system: You are a helpful assistant.
user:
Analyze the provided spectrum to determine if it is a **White Dwarf (WD)**.

A White Dwarf spectrum is defined by its **extreme purity** (due to gravitational settling) and/or **extreme pressure broadening** (due to high surface gravity). You must check for one of the following mutually exclusive signatures:

- **Key Visual Indicators (Check for ONE of these types):**

    - **1. DA-Type Signature (Most Common):**
        - **(Primary Feature):** Extreme pressure broadening (Stark broadening) of the **Hydrogen (H) Balmer lines**.
        - **(Key Lines):** $H\beta$ (approx. $4861$ Å) and $H\gamma$ (approx. $4340$ Å). $H\alpha$ (approx. $6563$ Å) will also be present if the wavelength range covers it.
        - **(Line Profile):** This is the **defining feature**. The lines are **NOT** sharp. They appear as massive, **extremely broad and deep "troughs" or "dips"** in the spectrum, often hundreds of Ångströms wide. The continuum will appear to "scoop" down at these wavelengths.
        - **(Distinction):** Normal A-type or B-type stars have *narrow* and *sharp* Hydrogen lines. A DA White Dwarf's lines are unmistakably "smeared" or "blurry" from pressure.

    - **2. DB-Type Signature:**
        - **(Primary Feature):** Broad absorption lines from **Neutral Helium (He I)**. The spectrum must lack any visible Hydrogen lines.
        - **(Key Lines):** Look for broad absorption near $4471$ Å, $4921$ Å, and $5876$ Å.
        - **(Line Profile):** These lines are also significantly pressure-broadened, appearing much wider than they would in a normal B-type main-sequence star.

    - **3. DC-Type Signature:**
        - **(Primary Feature):** A **featureless continuous spectrum**.
        - **(Line Profile):** The spectrum is a smooth curve with **no significant absorption or emission lines**.
        - **(Key Confirmation):** The continuum is almost always **blue or white**, indicating a hot object. This signature implies the atmosphere is so pure (or so cool) that no spectral lines are visible in the optical range. Its WD identity is confirmed by its extremely low intrinsic brightness (high absolute magnitude).

    - **4. DZ-Type Signature (Metal-Polluted):**
        - **(Primary Feature):** **Isolated, narrow metal absorption lines** on an otherwise featureless (DC-like) continuum.
        - **(Key Lines):** The **Calcium (Ca II) H & K doublet** (approx. **$3934$ Å** and **$3968$ Å**) is the most common and defining feature.
        - **(Line Profile):** These lines are "out of place." They are *not* part of a "forest" of thousands of lines. This signature is evidence of recent *accretion* (pollution) from rocky debris.
        - **(Distinction):** Normal G/K/M stars have a *dense forest* of thousands of metal lines. A DZ has a *clean* continuum with *only a few* strong metal lines.

    - **5. DQ-Type Signature (Carbon-Polluted):**
        - **(Primary Feature):** Absorption bands from **Carbon (C₂ "Swan Bands" or atomic C I)**.
        - **(Key Lines - C₂):** Look for bandheads with a "saw-tooth" shape near $5635$ Å, **$5165$ Å** (strongest), and $4737$ Å.
        - **(Key Confirmation):** The underlying **continuum must be blue or white** (hot).
        - **(Distinction):** This is the critical difference from a **Carbon Star**, which has the *exact same* C₂ bands but on an extremely **red, cool** continuum.

- **(Overall Spectrum):**
    - The continuum (overall shape) is typically **blue-sloping** (brighter in the blue than the red), as most white dwarfs are very hot.
    - The spectrum will look "pure" or "simple," dominated by only *one* of the five signatures listed above.

Think first, call **spectral_visualization_tool** if needed to examine features in detail, then provide your final answer. Your response must adhere to the following strict rules:
1.  **Overall Structure:** Your response must follow the format `<think>...</think> <tool_call>...</tool_call> (if a tool is used) <answer>...</answer>`.
2.  **Tool Usage Constraint:** You may only make **one** tool call per turn.
3.  **Final Answer Format:** In the `<answer>` tag, your conclusion must be inside a `\boxed{}` command (e.g., `\boxed{YES}` or `\boxed{NO}`), followed by your justification.

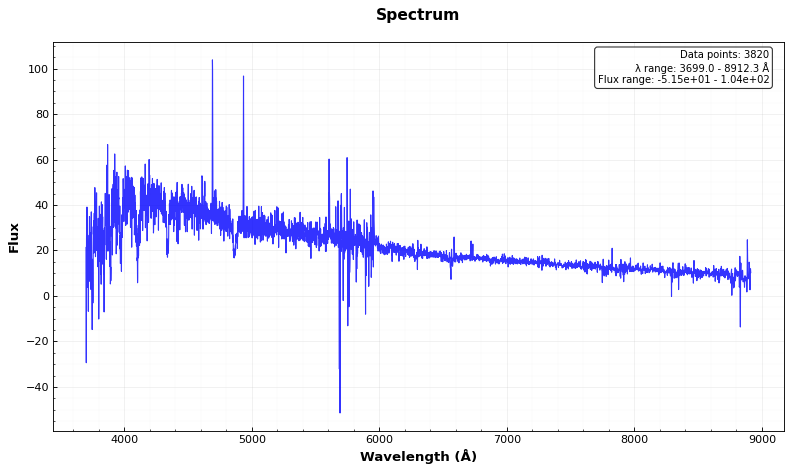
Answer: NO